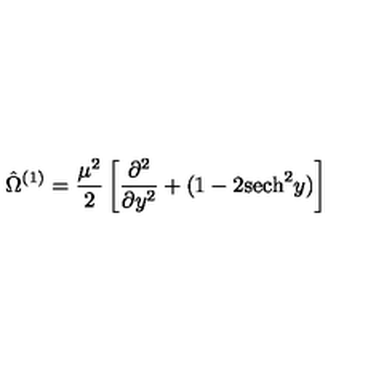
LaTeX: \hat { \Omega } ^ { ( 1 ) } = \frac { \mu ^ { 2 } } { 2 } \left[ \frac { \partial ^ { 2 } } { \partial y ^ { 2 } } + ( 1 - 2 \mathrm { s e c h } ^ { 2 } y ) \right]